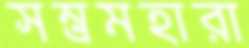
সম্ভ্রমহারা